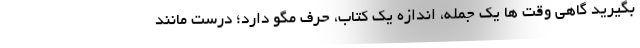
بگیرید گاهی وقت ها یک جمله، اندازه یک کتاب، حرف مگو دارد؛ درست مانند